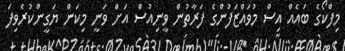
މިފްކޯގެ ބައެއް އިސް މުވައްޒަފުންގެ ފަރާތުން ވީނިއުސް އަށް ވަނީ މިކަން ޔަގީންކުރެވިފަ